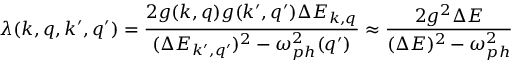
\lambda ( k , q , k ^ { \prime } , q ^ { \prime } ) = \frac { 2 g ( k , q ) g ( k ^ { \prime } , q ^ { \prime } ) \Delta E _ { k , q } } { ( \Delta E _ { k ^ { \prime } , q ^ { \prime } } ) ^ { 2 } - \omega _ { p h } ^ { 2 } ( q ^ { \prime } ) } \approx \frac { 2 g ^ { 2 } \Delta E } { ( \Delta E ) ^ { 2 } - \omega _ { p h } ^ { 2 } }